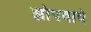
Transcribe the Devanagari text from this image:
झोपवावे